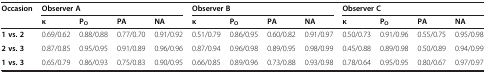
<table><thead><tr><td><b>Occasion</b></td><td colspan="4"><b>Observer A</b></td><td colspan="4"><b>Observer B</b></td><td colspan="4"><b>Observer C</b></td></tr><tr><td></td><td><b>κ</b></td><td><b>P<sub>O</sub></b></td><td><b>PA</b></td><td><b>NA</b></td><td><b>κ</b></td><td><b>P<sub>O</sub></b></td><td><b>PA</b></td><td><b>NA</b></td><td><b>κ</b></td><td><b>P<sub>O</sub></b></td><td><b>PA</b></td><td><b>NA</b></td></tr></thead><tbody><tr><td><b>1 vs. 2</b></td><td>0.69/0.62</td><td>0.88/0.88</td><td>0.77/0.70</td><td>0.91/0.92</td><td>0.51/0.79</td><td>0.86/0.95</td><td>0.60/0.82</td><td>0.91/0.97</td><td>0.50/0.73</td><td>0.91/0.96</td><td>0.55/0.75</td><td>0.95/0.98</td></tr><tr><td><b>2 vs. 3</b></td><td>0.87/0.85</td><td>0.95/0.95</td><td>0.91/0.89</td><td>0.96/0.96</td><td>0.87/0.94</td><td>0.96/0.98</td><td>0.89/0.95</td><td>0.98/0.99</td><td>0.45/0.88</td><td>0.89/0.98</td><td>0.50/0.89</td><td>0.94/0.99</td></tr><tr><td><b>1 vs. 3</b></td><td>0.65/0.79</td><td>0.86/0.93</td><td>0.75/0.83</td><td>0.90/0.95</td><td>0.66/0.85</td><td>0.89/0.96</td><td>0.73/0.88</td><td>0.93/0.98</td><td>0.78/0.64</td><td>0.95/0.95</td><td>0.80/0.67</td><td>0.97/0.97</td></tr></tbody></table>